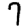
Digit: 7